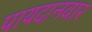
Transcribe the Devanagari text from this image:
पायदानवार